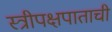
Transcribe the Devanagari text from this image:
स्त्रीपक्षपाताची